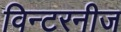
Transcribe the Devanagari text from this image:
विन्टरनीज